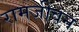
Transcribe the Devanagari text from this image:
रामजीवन